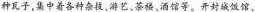
种瓦子，集中着各种杂技、游艺、茶楼、酒馆等。开封城饭馆、